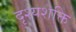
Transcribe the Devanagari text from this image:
दृश्यशक्ति